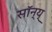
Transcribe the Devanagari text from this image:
सॉन्य्